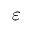
\varepsilon